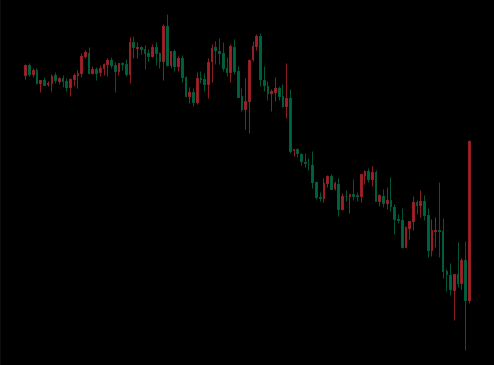
Pattern: unclassified